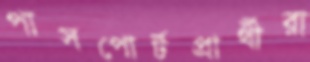
পাসপোর্টপ্রার্থীরা